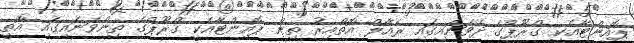
ޕޮއިންޓާއެކީ ގްރޫޕްގެ ދެވަނައިގައި ރެއާލް އޮތްއިރު ތިން ޕޮއިންޓާއެކީ ގްރޫޕްގެ ތިންވަނައިގައި އޮތީ